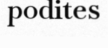
podites